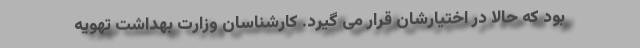
بود که حالا در اختیارشان قرار می گیرد. کارشناسان وزارت بهداشت تهویه